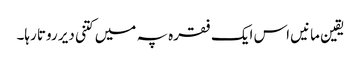
یقین مانیں اس ایک فقرہ پہ میں کتنی دیر روتا رہا۔